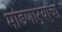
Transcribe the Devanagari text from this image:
मांडणार्‍यांचा